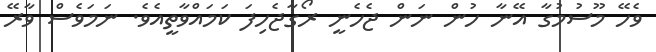
ވެހޭ މޫސުމުގާ އޭނާ ހުން ނަން ޖެހެނީ ރޯގާޖެހިފަ ކަމައްވާތީއެވެ. ނަމަވެސް ވާރޭ